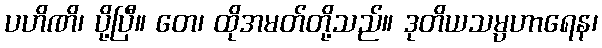
ပဟိဏိ၊ ပို့ပြီ။ တေ၊ ထိုအမတ်တို့သည်။ ဒုတိယသမ္ပဟာရေန၊